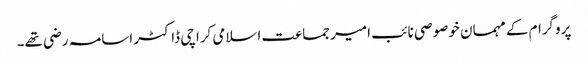
پروگرام کے مہمان خوصوصی نائب امیر جماعت اسلامی کراچی ڈاکٹر اسامہ رضی تھے۔